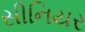
સીનિયર